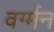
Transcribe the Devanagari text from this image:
वर्ग्मन